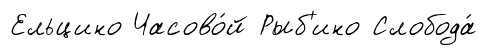
Ельцино Часово́й Рыб'ино Слобода́